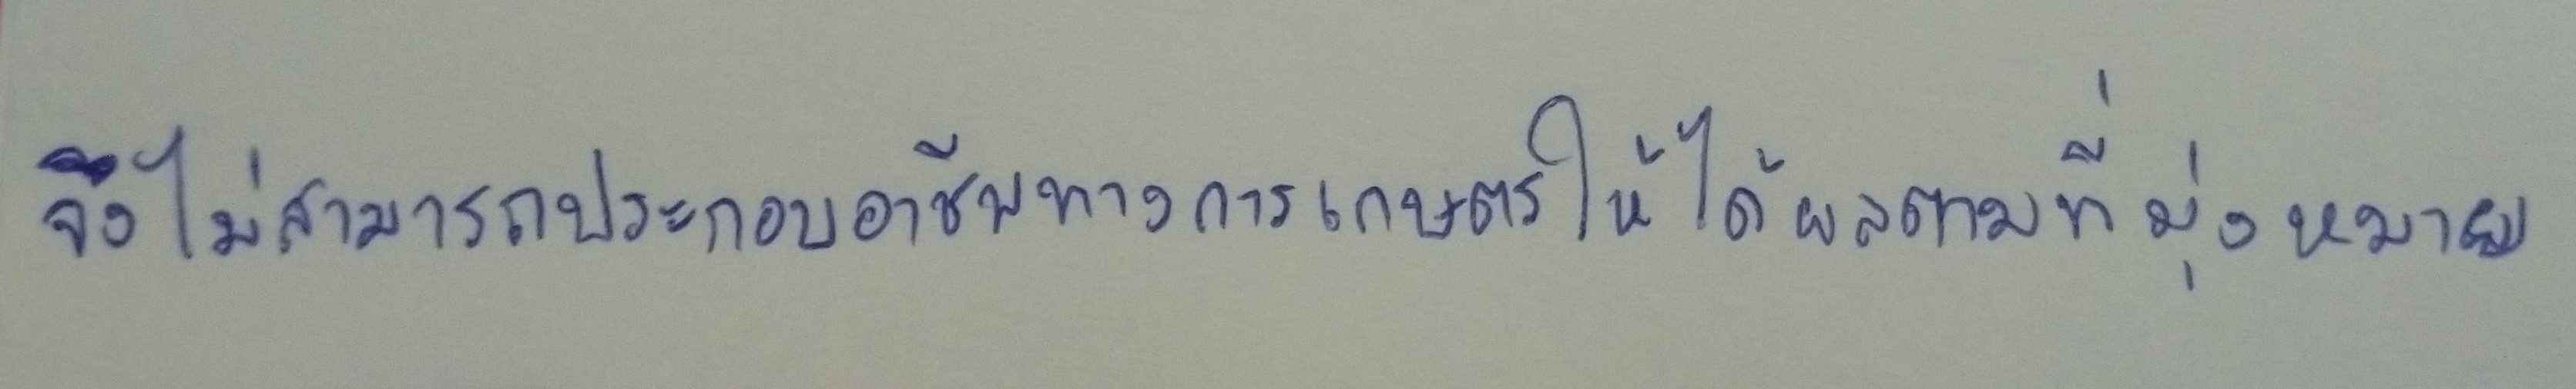
จึงไม่สามารถประกอบอาชีพทางการเกษตรให้ได้ผลตามที่มุ่งหมาย